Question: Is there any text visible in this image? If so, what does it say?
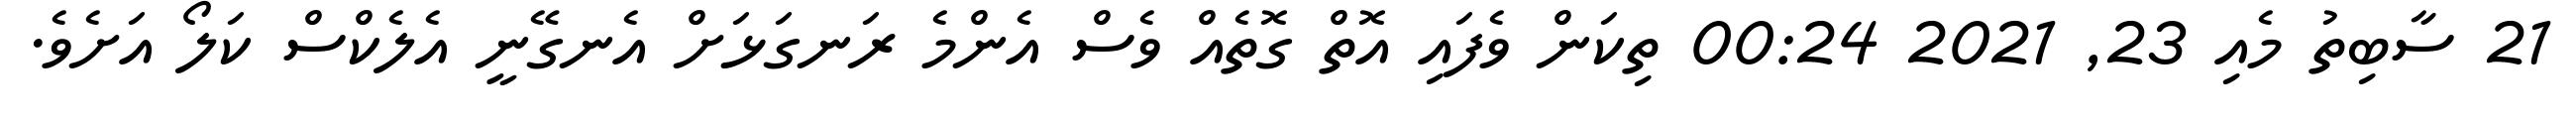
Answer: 21 ސާބިތު މެއި 23, 2021 00:24 ތިކަން ވެފައި އޮތް ގޮތެއް ވެސް އެންމެ ރަނގަޅަށް އެނގޭނީ އެލެކްސް ކަލޯ އަށެވެ.